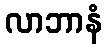
လာဘာနံ